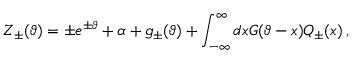
\displaystyle Z _ { \pm } ( \vartheta ) = \pm e ^ { \pm \vartheta } + \alpha + g _ { \pm } ( \vartheta ) + \displaystyle \int _ { - \infty } ^ { \infty } d x G ( \vartheta - x ) { \cal Q } _ { \pm } ( x ) \: ,